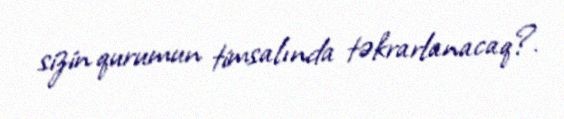
sizin qurumun timsalında təkrarlanacaq?.